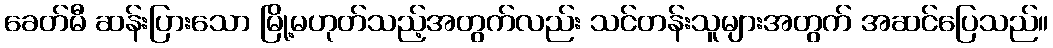
ခေတ်မီ ဆန်းပြားသော မြို့မဟုတ်သည့်အတွက်လည်း သင်တန်းသူများအတွက် အဆင်ပြေသည်။